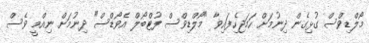
މޯލްޑިވްސް ގުޅިގެން ދިނުމަށް ހަމަޖެހިފައިވާ "މޯލްޑިވްސް ފުޓްބޯލް އެވޯޑްސް" ދިނުމަށް ނިއްމީ ވެސް